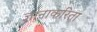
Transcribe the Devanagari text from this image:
ज्ञानाकरिता